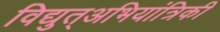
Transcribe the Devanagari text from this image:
विद्युत्अभियांत्रिकी